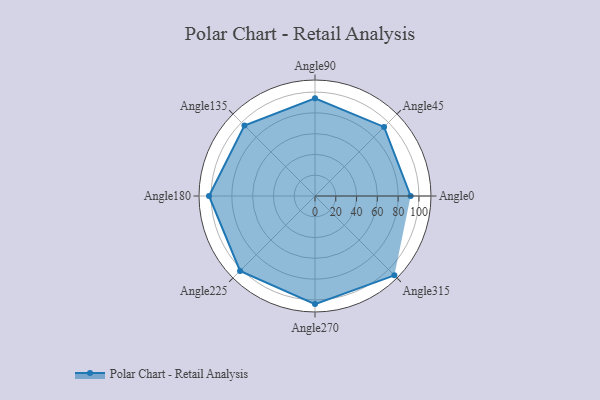
{"axis": {"x": "Angle", "y": "Radius"}, "legend": [""], "data": [{"x": "Angle0", "y": 92.0, "type": ""}, {"x": "Angle45", "y": 94.0, "type": ""}, {"x": "Angle90", "y": 94.0, "type": ""}, {"x": "Angle135", "y": 96.0, "type": ""}, {"x": "Angle180", "y": 102.0, "type": ""}, {"x": "Angle225", "y": 102.0, "type": ""}, {"x": "Angle270", "y": 104.0, "type": ""}, {"x": "Angle315", "y": 108.0, "type": ""}]}